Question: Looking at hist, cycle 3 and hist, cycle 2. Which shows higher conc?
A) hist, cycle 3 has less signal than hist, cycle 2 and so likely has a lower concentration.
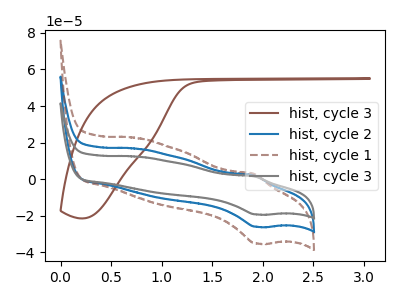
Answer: <think>The brown curve "hist, cycle 3" has no peaks. The blue curve "hist, cycle 2" has an anodic peak at (1.90V, 2.15uA) and a cathodic peak at (1.95V, -26.00uA). The brown dashed curve "hist, cycle 1" has an anodic peak at (1.90V, 4.35uA) and a cathodic peak at (1.95V, -52.00uA). The gray curve "hist, cycle 3" has an anodic peak at (1.90V, 1.60uA) and a cathodic peak at (1.95V, -19.25uA).
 All the peaks in "hist, cycle 3" have a peak in "hist, cycle 2" at the same potential. Every peak in "hist, cycle 3" is lower than every peak in "hist, cycle 2".</think>
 <answer>A) "hist, cycle 3" has less signal than "hist, cycle 2" and so likely has a lower concentration.</answer>
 <eval>A</eval>